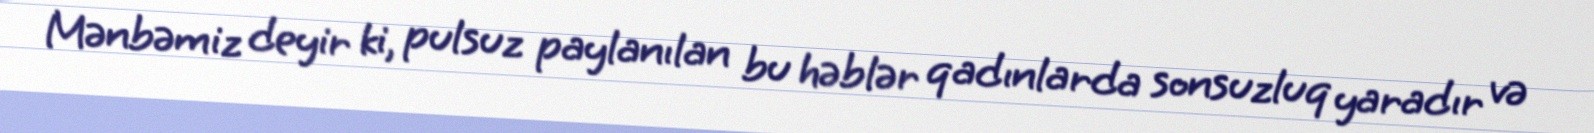
Mənbəmiz deyir ki, pulsuz paylanılan bu həblər qadınlarda sonsuzluq yaradır və